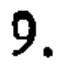
9